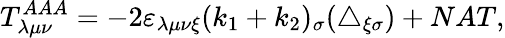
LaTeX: T_{\lambda\mu\nu}^{AAA}=-2\varepsilon_{\lambda\mu\nu\xi}(k_{1}+k_{2})_{\sigma}(\triangle_{\xi\sigma})+NAT,